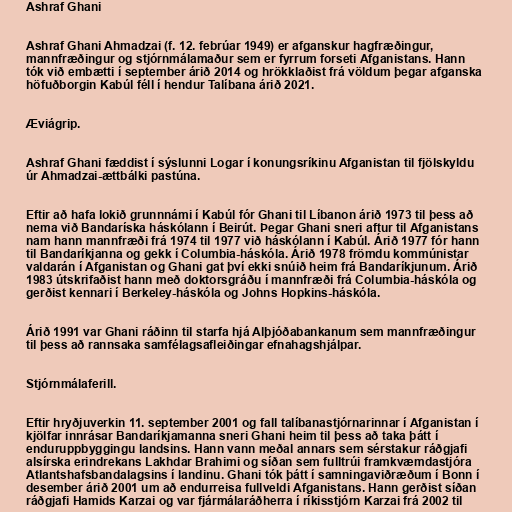
Ashraf Ghani

Ashraf Ghani Ahmadzai (f. 12. febrúar 1949) er afganskur hagfræðingur,
mannfræðingur og stjórnmálamaður sem er fyrrum forseti Afganistans. Hann
tók við embætti í september árið 2014 og hrökklaðist frá völdum þegar afganska
höfuðborgin Kabúl féll í hendur Talíbana árið 2021.

Æviágrip.

Ashraf Ghani fæddist í sýslunni Logar í konungsríkinu Afganistan til fjölskyldu
úr Ahmadzai-ættbálki pastúna.

Eftir að hafa lokið grunnnámi í Kabúl fór Ghani til Líbanon árið 1973 til þess að
nema við Bandaríska háskólann í Beirút. Þegar Ghani sneri aftur til Afganistans
nam hann mannfræði frá 1974 til 1977 við háskólann í Kabúl. Árið 1977 fór hann
til Bandaríkjanna og gekk í Columbia-háskóla. Árið 1978 frömdu kommúnistar
valdarán í Afganistan og Ghani gat því ekki snúið heim frá Bandaríkjunum. Árið
1983 útskrifaðist hann með doktorsgráðu í mannfræði frá Columbia-háskóla og
gerðist kennari í Berkeley-háskóla og Johns Hopkins-háskóla.

Árið 1991 var Ghani ráðinn til starfa hjá Alþjóðabankanum sem mannfræðingur
til þess að rannsaka samfélagsafleiðingar efnahagshjálpar.

Stjórnmálaferill.

Eftir hryðjuverkin 11. september 2001 og fall talíbanastjórnarinnar í Afganistan í
kjölfar innrásar Bandaríkjamanna sneri Ghani heim til þess að taka þátt í
enduruppbyggingu landsins. Hann vann meðal annars sem sérstakur ráðgjafi
alsírska erindrekans Lakhdar Brahimi og síðan sem fulltrúi framkvæmdastjóra
Atlantshafsbandalagsins í landinu. Ghani tók þátt í samningaviðræðum í Bonn í
desember árið 2001 um að endurreisa fullveldi Afganistans. Hann gerðist síðan
ráðgjafi Hamids Karzai og var fjármálaráðherra í ríkisstjórn Karzai frá 2002 til